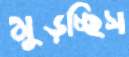
মুড়চ্ছিস